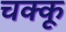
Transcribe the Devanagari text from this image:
चक्कू